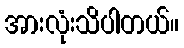
အားလုံးသိပါတယ်။